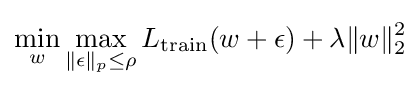
\min _{w}\max _{\|\epsilon \|_{p}\leq \rho }L_{\text{train}}(w+\epsilon )+\lambda \|w\|_{2}^{2}